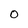
Character: O